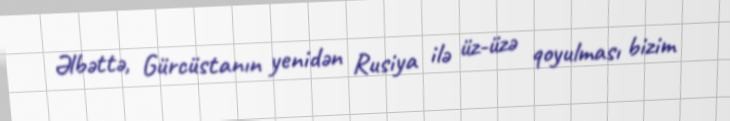
Əlbəttə, Gürcüstanın yenidən Rusiya ilə üz-üzə qoyulması bizim